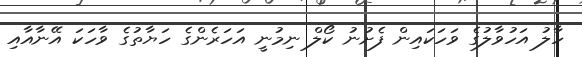
ހާލު އަހުވާލުގެ ވަހަކައިން ފެށުނު ކޯލް ނިމުނީ އަހަރެންގެ ހަޔާތުގެ ވާހަކަ އޭނާއާއި